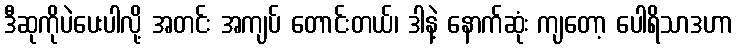
ဒီဆုကိုပဲပေးပါလို့ အတင်း အကျပ် တောင်းတယ်၊ ဒါနဲ့ နောက်ဆုံး ကျတော့ ပေါရိသာဒဟာ